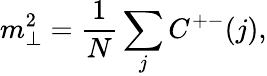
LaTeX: m_{\perp}^{2}=\frac{1}{N}\sum_{j}C^{+-}(j),